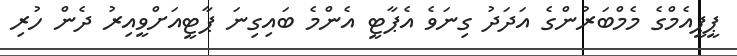
ޕީޕީއެމްގެ މެމްބަރުންގެ އަދަދު ގިނަވެ އެޕާޓީ އެންމެ ބައިގިނަ ޕާޓީއަށްވީއިރު ދެން ހުރި